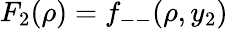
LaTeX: F_{2}(\rho)=f_{--}(\rho,y_{2})